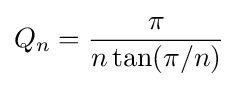
Q_{n}={\frac {\pi }{n\tan(\pi /n)}}